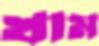
খাম